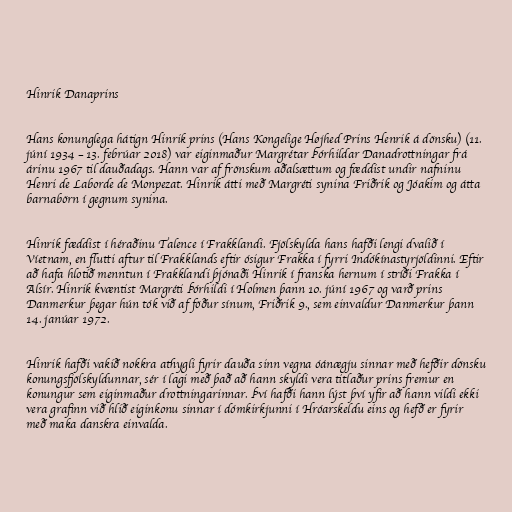
Hinrik Danaprins

Hans konunglega hátign Hinrik prins (Hans Kongelige Højhed Prins Henrik á dönsku) (11.
júní 1934 – 13. febrúar 2018) var eiginmaður Margrétar Þórhildar Danadrottningar frá
árinu 1967 til dauðadags. Hann var af frönskum aðalsættum og fæddist undir nafninu
Henri de Laborde de Monpezat. Hinrik átti með Margréti synina Friðrik og Jóakim og átta
barnabörn í gegnum synina.

Hinrik fæddist í héraðinu Talence í Frakklandi. Fjölskylda hans hafði lengi dvalið í
Víetnam, en flutti aftur til Frakklands eftir ósigur Frakka í fyrri Indókínastyrjöldinni. Eftir
að hafa hlotið menntun í Frakklandi þjónaði Hinrik í franska hernum í stríði Frakka í
Alsír. Hinrik kvæntist Margréti Þórhildi í Holmen þann 10. júní 1967 og varð prins
Danmerkur þegar hún tók við af föður sínum, Friðrik 9., sem einvaldur Danmerkur þann
14. janúar 1972.

Hinrik hafði vakið nokkra athygli fyrir dauða sinn vegna óánægju sinnar með hefðir dönsku
konungsfjölskyldunnar, sér í lagi með það að hann skyldi vera titlaður prins fremur en
konungur sem eiginmaður drottningarinnar. Því hafði hann lýst því yfir að hann vildi ekki
vera grafinn við hlið eiginkonu sinnar í dómkirkjunni í Hróarskeldu eins og hefð er fyrir
með maka danskra einvalda.